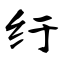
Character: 纡